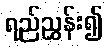
ရည်ညွှန်း၍